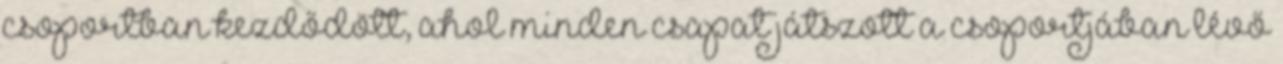
csoportban kezdődött, ahol minden csapat játszott a csoportjában lévő